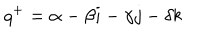
q ^ { + } = \alpha - \beta i - \gamma j - \delta k